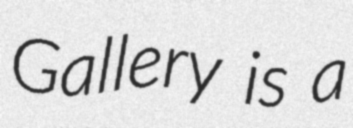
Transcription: Gallery is a